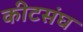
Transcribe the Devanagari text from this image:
कीटसंघ